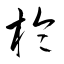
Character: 棆